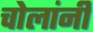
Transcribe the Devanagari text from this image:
चोलांनी